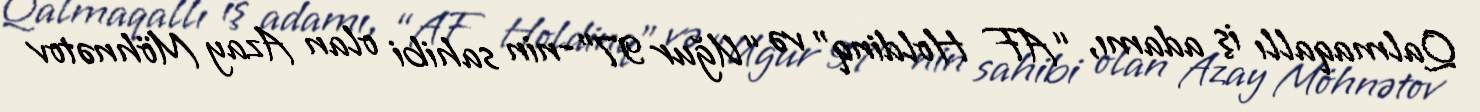
Qalmaqallı iş adamı, “AF Holdinq” və “Uğur 97”-nin sahibi olan Azay Möhnətov